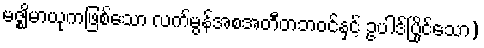
မဇ္ဈိမာယုကဖြစ်သော လက်မွန်အစအတီတဘဝင်နှင့် ဥပါဒ်ပြိုင်သော)